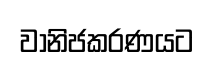
වානිජකරණයට